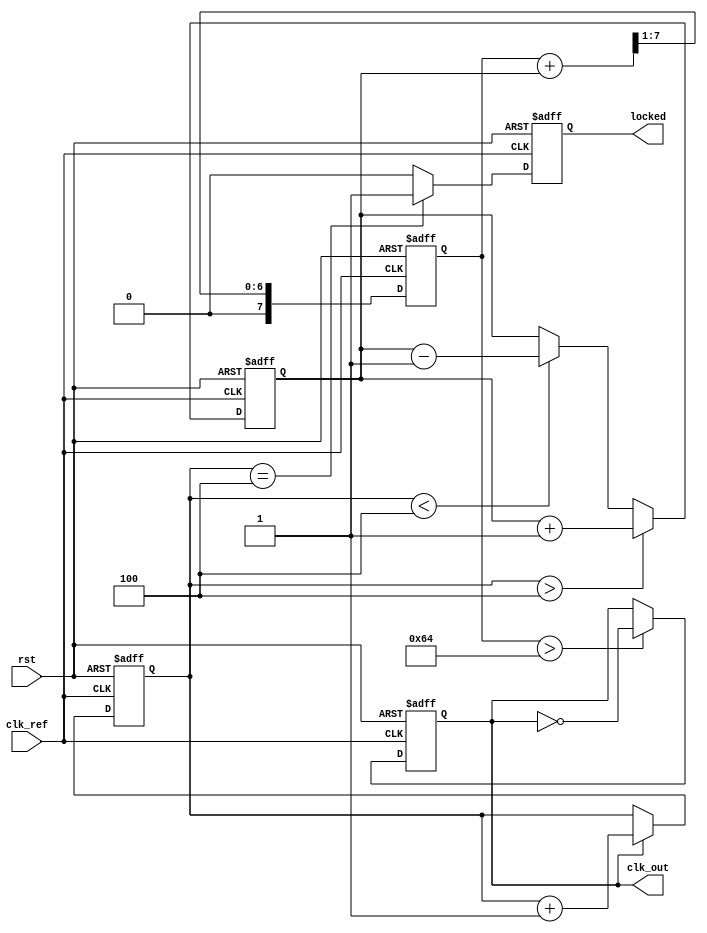
module sigma_delta_pll (
    input wire clk_ref,        // Input reference clock
    input wire rst,            // Reset signal
    output wire clk_out,       // Output clock from VCO
    output wire locked         // Lock indicator
);

// Parameters
parameter DIV_FACTOR = 4;     // Feedback divider factor
parameter VCO_MAX_FREQ = 100; // Max frequency for VCO

// Internal signals
reg [3:0] phase_count;         // Phase count for PFD
reg [7:0] vco_control;         // Control voltage for VCO
reg [7:0] loop_filter_out;     // Output of loop filter
reg clk_vco;                   // VCO clock output
reg locked_reg;                // Lock status

// Phase Detector
always @(posedge clk_ref or posedge rst) begin
    if (rst) begin
        phase_count <= 0;
    end else begin
        // Simple phase detector logic
        if (clk_vco) begin
            phase_count <= phase_count + 1;
        end
    end
end

// Charge Pump
always @(posedge clk_ref or posedge rst) begin
    if (rst) begin
        vco_control <= 0;
    end else begin
        // Charge pump logic based on phase detector output
        if (phase_count > DIV_FACTOR) begin
            vco_control <= vco_control + 1; // VCO control voltage increase
        end else if (phase_count < DIV_FACTOR) begin
            vco_control <= vco_control - 1; // VCO control voltage decrease
        end
    end
end

// Loop Filter (simple low-pass filter)
always @(posedge clk_ref or posedge rst) begin
    if (rst) begin
        loop_filter_out <= 0;
    end else begin
        loop_filter_out <= (loop_filter_out + vco_control) >> 1; // Simple averaging
    end
end

// Voltage-Controlled Oscillator (VCO)
always @(posedge clk_ref or posedge rst) begin
    if (rst) begin
        clk_vco <= 0;
    end else begin
        // VCO logic based on control voltage
        if (loop_filter_out > VCO_MAX_FREQ) begin
            clk_vco <= ~clk_vco; // Toggle VCO clock
        end
    end
end

// Feedback Divider
wire clk_feedback;
reg [1:0] feedback_counter;
always @(posedge clk_vco or posedge rst) begin
    if (rst) begin
        feedback_counter <= 0;
    end else begin
        feedback_counter <= feedback_counter + 1;
    end
end

assign clk_feedback = (feedback_counter == DIV_FACTOR - 1) ? 1 : 0;

// Lock Indicator
always @(posedge clk_ref or posedge rst) begin
    if (rst) begin
        locked_reg <= 0;
    end else begin
        // Simple lock detection logic
        locked_reg <= (phase_count == DIV_FACTOR) ? 1 : 0;
    end
end

assign clk_out = clk_vco; // Output clock from VCO
assign locked = locked_reg; // Lock status output

endmodule